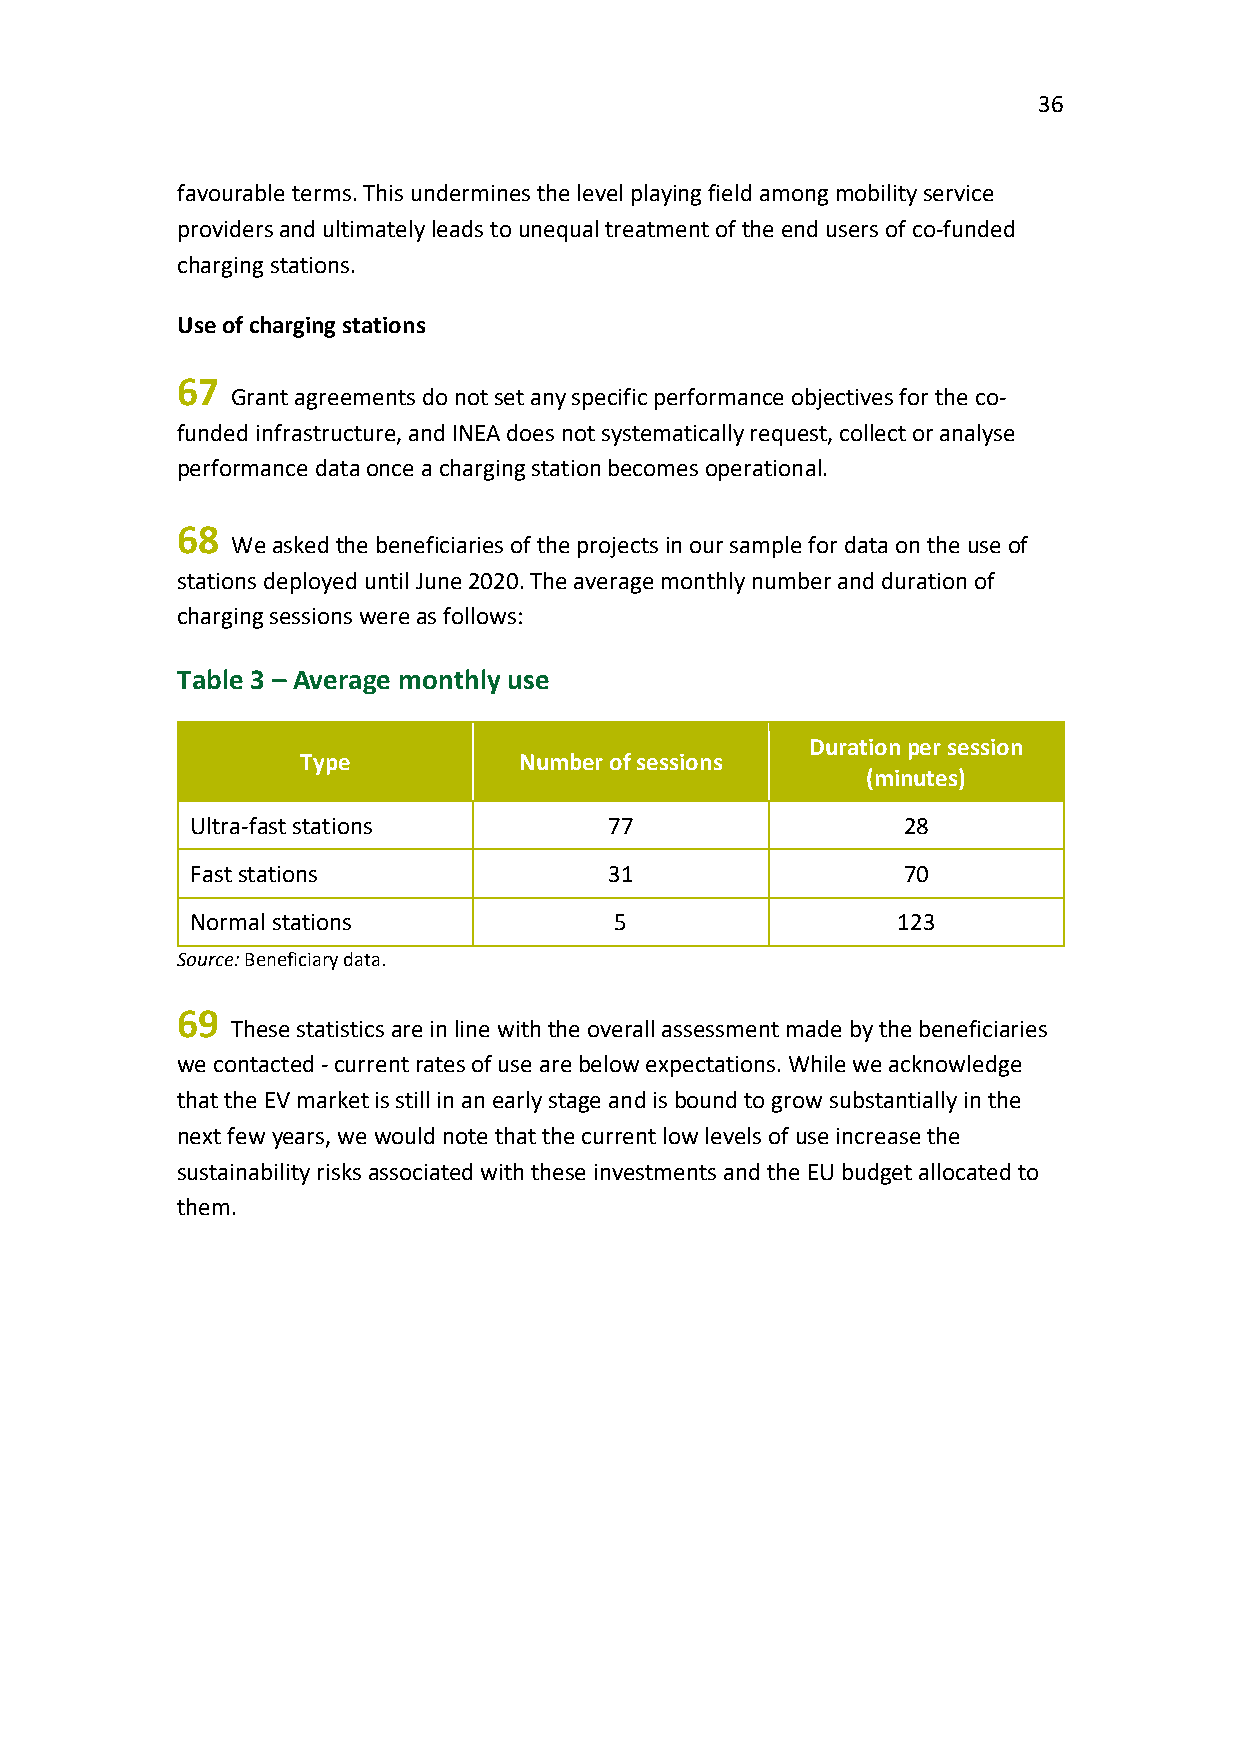
36
 favourable terms. This undermines the level playing field among mobility service
 providers and ultimately leads to unequal treatment of the end users of co-funded
 charging stations.
 Use of charging stations
 67
 Grant agreements do not set any specific performance objectives for the co-
 funded infrastructure, and INEA does not systematically request, collect or analyse
 performance data once a charging station becomes operational.
 68
 We asked the beneficiaries of the projects in our sample for data on the use of
 stations deployed until June 2020. The average monthly number and duration of
 charging sessions were as follows:
 Table 3 – Average monthly use
 Duration per session
 Type          Number of sessions
 (minutes)
 Ultra-fast stations        77                  28
 Fast stations              31                  70
 Normal stations             5                 123
 Source: Beneficiary data.
 69
 These statistics are in line with the overall assessment made by the beneficiaries
 we contacted - current rates of use are below expectations. While we acknowledge
 that the EV market is still in an early stage and is bound to grow substantially in the
 next few years, we would note that the current low levels of use increase the
 sustainability risks associated with these investments and the EU budget allocated to
 them.